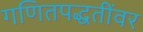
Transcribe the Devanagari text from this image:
गणितपद्धतींवर